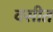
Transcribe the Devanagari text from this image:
वसीत